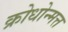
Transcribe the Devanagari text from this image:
क्रोधोन्मत्त